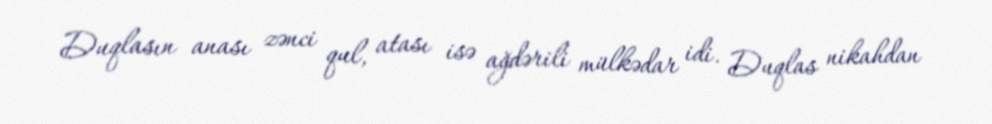
Duqlasın anası zənci qul, atası isə ağdərili mülkədar idi. Duqlas nikahdan